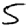
Digit: 5